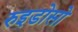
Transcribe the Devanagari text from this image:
रुइडोसो